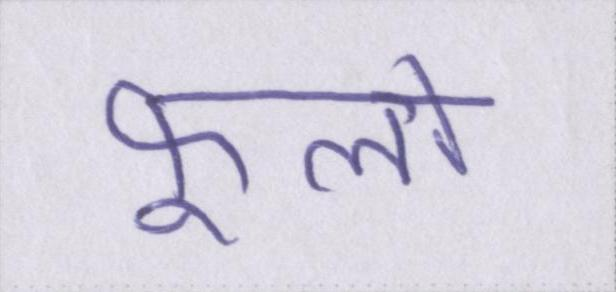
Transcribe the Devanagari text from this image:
फूलों